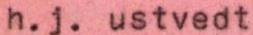
h.j. ustvedt